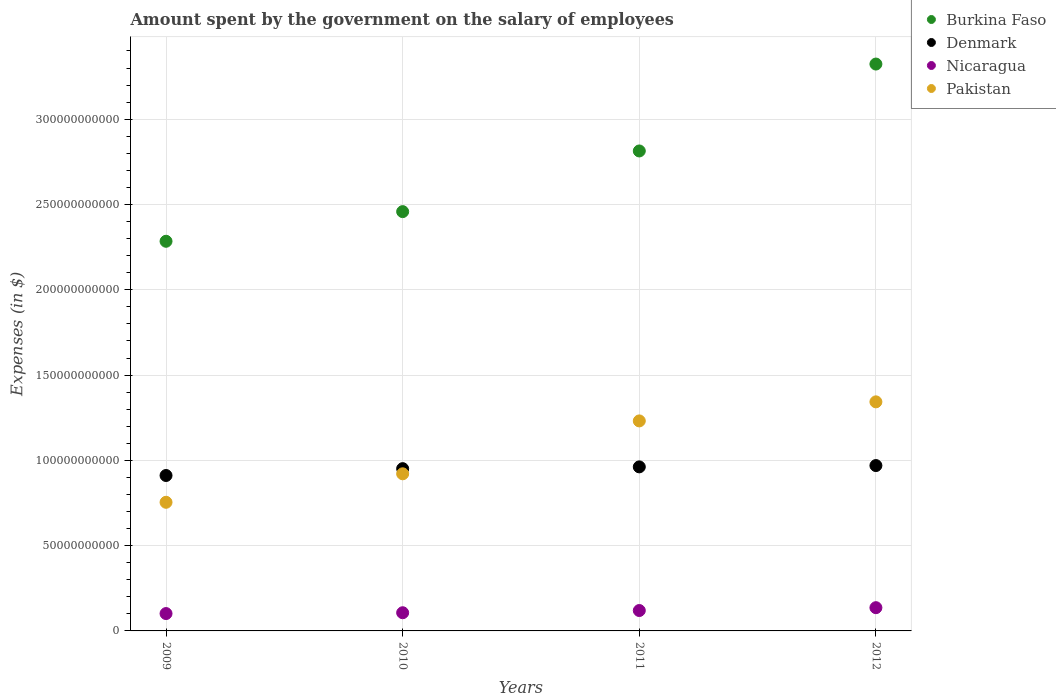
| Years | Burkina Faso | Denmark | Nicaragua | Pakistan |
 | --- | --- | --- | --- | --- |
 | 2009 | 2.28e+11 | 9.11e+10 | 1.02e+10 | 7.54e+10 |
 | 2010 | 2.46e+11 | 9.51e+10 | 1.07e+10 | 9.21e+10 |
 | 2011 | 2.81e+11 | 9.62e+10 | 1.2e+10 | 1.23e+11 |
 | 2012 | 3.32e+11 | 9.69e+10 | 1.36e+10 | 1.34e+11 |